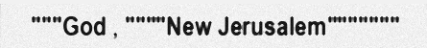
"""God , """"New Jerusalem"""""""